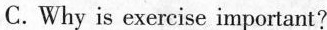
C. Why is exercise important?